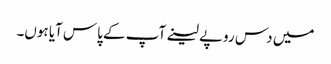
میں دس روپے لینے آپ کے پاس آیا ہوں۔